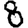
Digit: 8